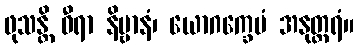
ဖုသန္တိ ဓီရာ နိဗ္ဗာနံ၊ ယောဂက္ခေမံ အနုတ္တရံ။